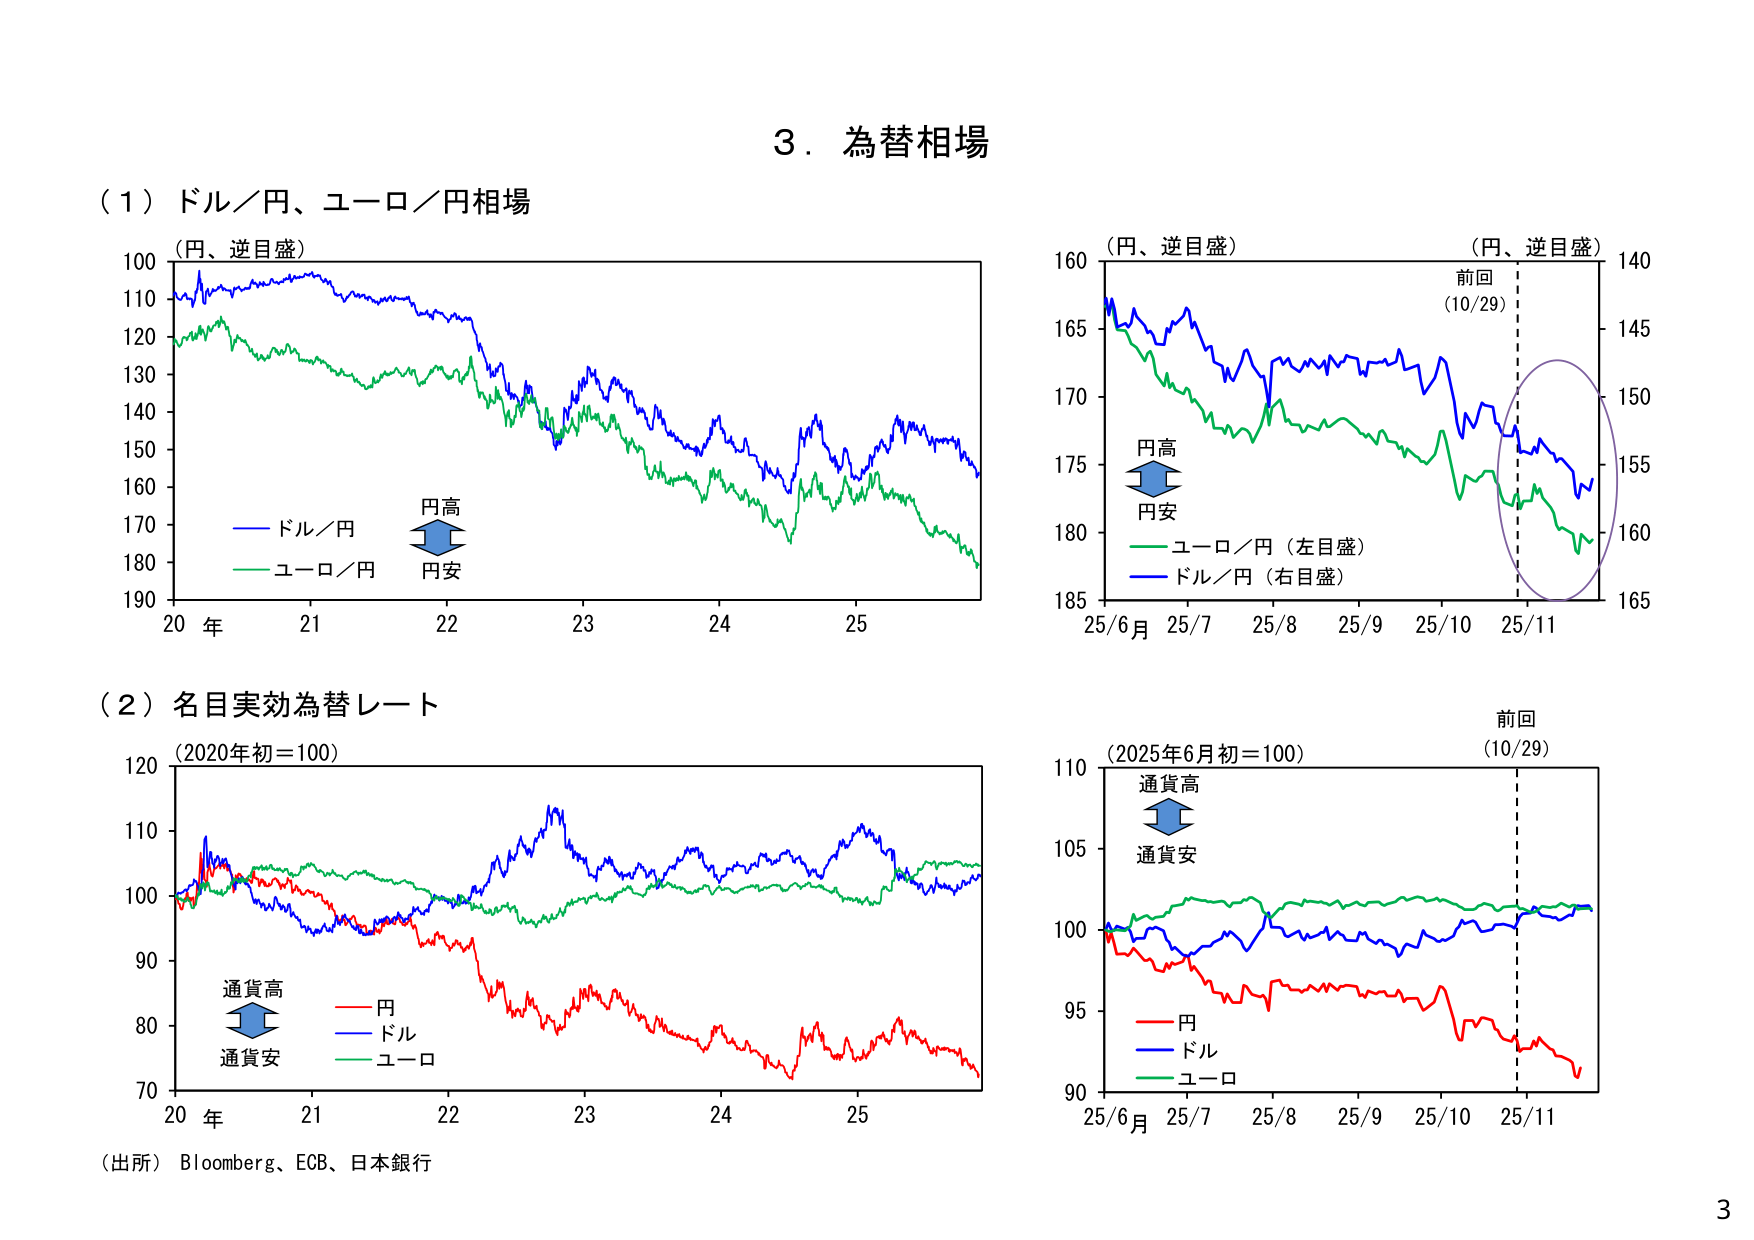
3．為替相場

（1）ドル／円、ユーロ／円相場

（円、逆目盛）
100
110
120
130
140
150
160
170
180
190
20 年 21 22 23 24 25

— ドル／円
— ユーロ／円
円高
円安

（円、逆目盛）
160
165
170
175
180
185
25/6月 25/7 25/8 25/9 25/10 25/11
（円、逆目盛）
140
145
150
155
160
165

前回
(10/29)

円高
円安
— ユーロ／円（左目盛）
— ドル／円（右目盛）

（2）名目実効為替レート

（2020年初＝100）
120
110
100
90
80
70
20 年 21 22 23 24 25

通貨高
通貨安
— 円
— ドル
— ユーロ

（2025年6月初＝100）
110
105
100
95
90
25/6月 25/7 25/8 25/9 25/10 25/11

前回
(10/29)

通貨高
通貨安
— 円
— ドル
— ユーロ

（出所）Bloomberg、ECB、日本銀行

3